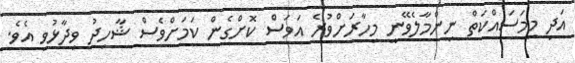
އަދި މިމަސައްކަތް ނިންމާލެވޭނީ މިހާރަށްވުރެ އަވަސް ކޮށްގެން ކަމަށްވެސް ޝާހިދު ވިދާޅުވި އެވެ.